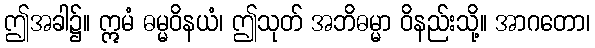
ဤအခါ၌။ ဣမံ ဓမ္မဝိနယံ၊ ဤသုတ် အဘိဓမ္မာ ဝိနည်းသို့။ အာဂတော၊